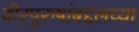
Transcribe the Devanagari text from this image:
वीरपुरुषांबद्दलच्या